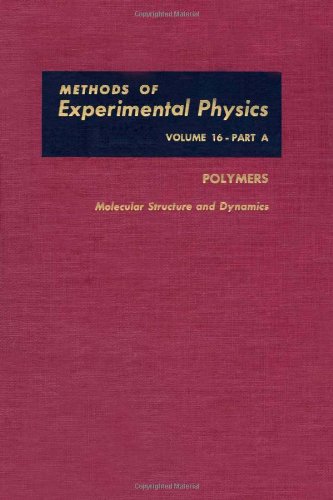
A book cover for Molecular Structure and Dynamics, Volume 16A (Methods in Experimental Physics); Science & Math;